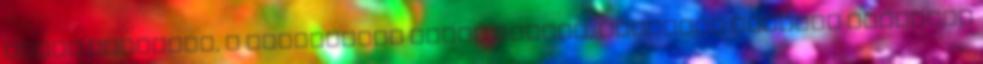
ember lehetnék, s aludhatnék olyan ágyban, amelynek ezüstös függönye